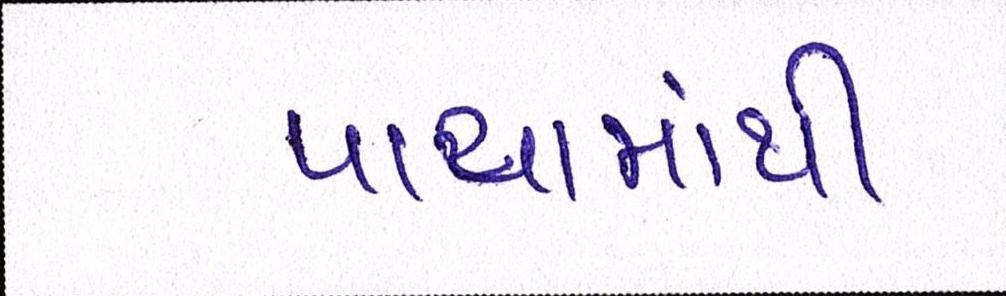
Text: પાયામાંથી